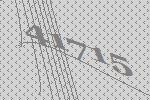
41715